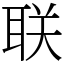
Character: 联